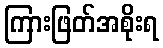
ကြားဖြတ်အစိုးရ